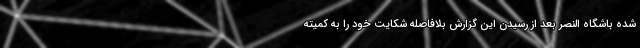
شده باشگاه النصر بعد از رسیدن این گزارش بلافاصله شکایت خود را به کمیته